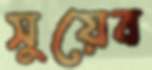
সুয়েব